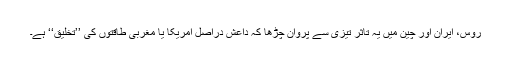
روس، ایران اور چین میں یہ تاثر تیزی سے پروان چڑھا کہ داعش دراصل امریکا یا مغربی طاقتوں کی ’’تخلیق‘‘ ہے۔